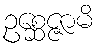
ဥစ္ဆေဇ္ဇာမိ